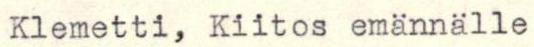
Klemetti, Kiitos emännälle